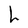
Character: h